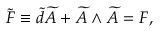
\widetilde { F } \equiv \widetilde { d } \widetilde { A } + \widetilde { A } \wedge \widetilde { A } = F ,